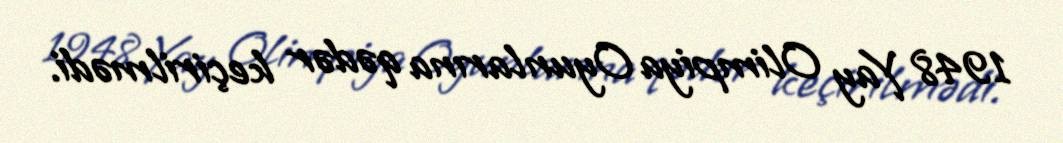
1948 Yay Olimpiya Oyunlarına qədər keçirilmədi.